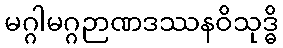
မဂ္ဂါမဂ္ဂဉာဏဒဿနဝိသုဒ္ဓိ